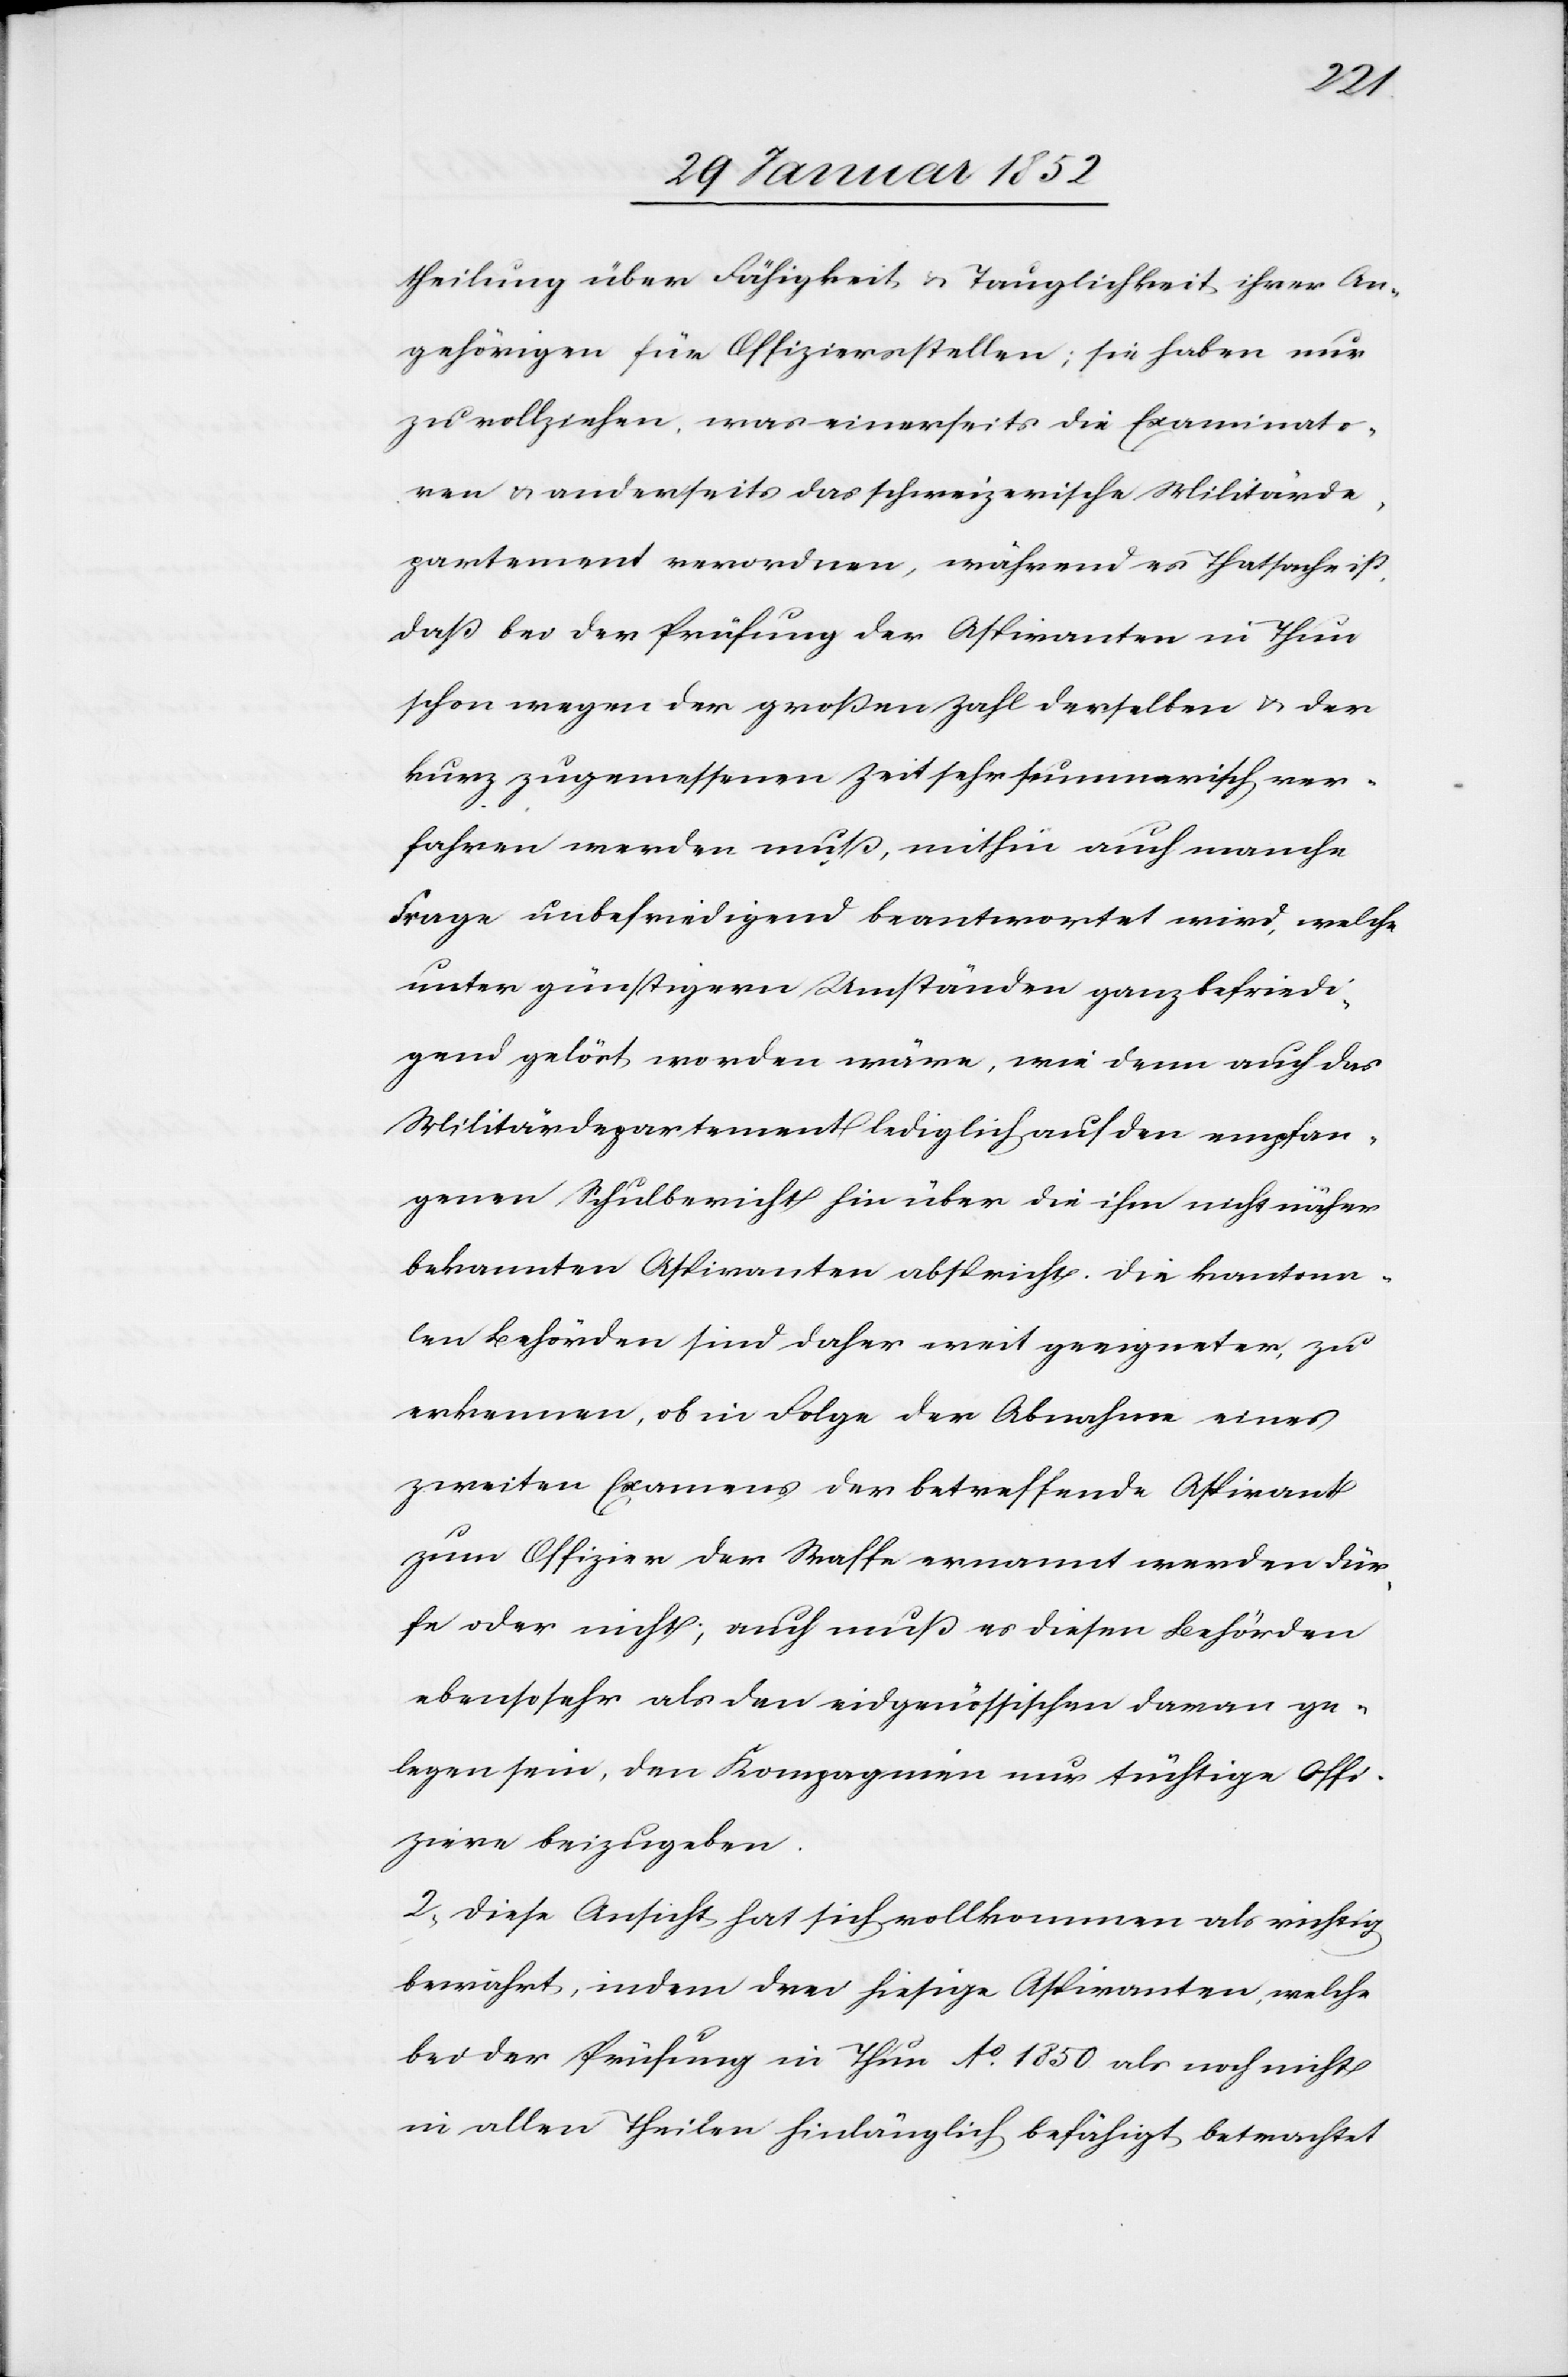
theilung über Fähigkeit u. Tauglichkeit ihrer An¬
gehörigen für Offiziersstellen; sie haben nur
zu vollziehen, was einerseits die Examinato¬
ren u. anderseits das schweizerische Militärde¬
partement verordnen, während es Thatsache ist,
daß bei der Prüfung der Aspiranten in Thun
schon wegen der großen Zahl derselben u. der
kurz zugemessenen Zeit sehr summarisch ver¬
fahren werden muß, mithin auch manche
Frage unbefriedigend beantwortet wird, welche
unter günstigern Umständen ganz befriedi¬
gend gelöst worden wäre, wie denn auch das
Militärdepartement lediglich auf den empfan¬
genen Schulbericht hin über die ihm nicht näher
bekannten Aspiranten abspricht. Die kantona¬
len Behörden sind daher weit geeigneter zu
erkennen, ob in Folge der Abnahme eines
zweiten Examens der betreffende Aspirant
zum Offiziere der Waffe ernannt werden dür¬
fe oder nicht, auch muß es diesen Behörden
ebensosehr als den eidgenössischen daran ge¬
legen sein, den Kompagnien nur tüchtige Offi¬
ziere beizugeben.
2) Diese Ansicht hat sich vollkommen als richtig
bewährt, indem drei hiesige Aspiranten, welche
bei der Prüfung in Thun Ao. 1850 als noch nicht
in allen Theilen hinlänglich befähigt betrachtet